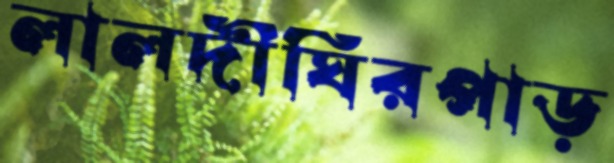
লালদীঘিরপাড়